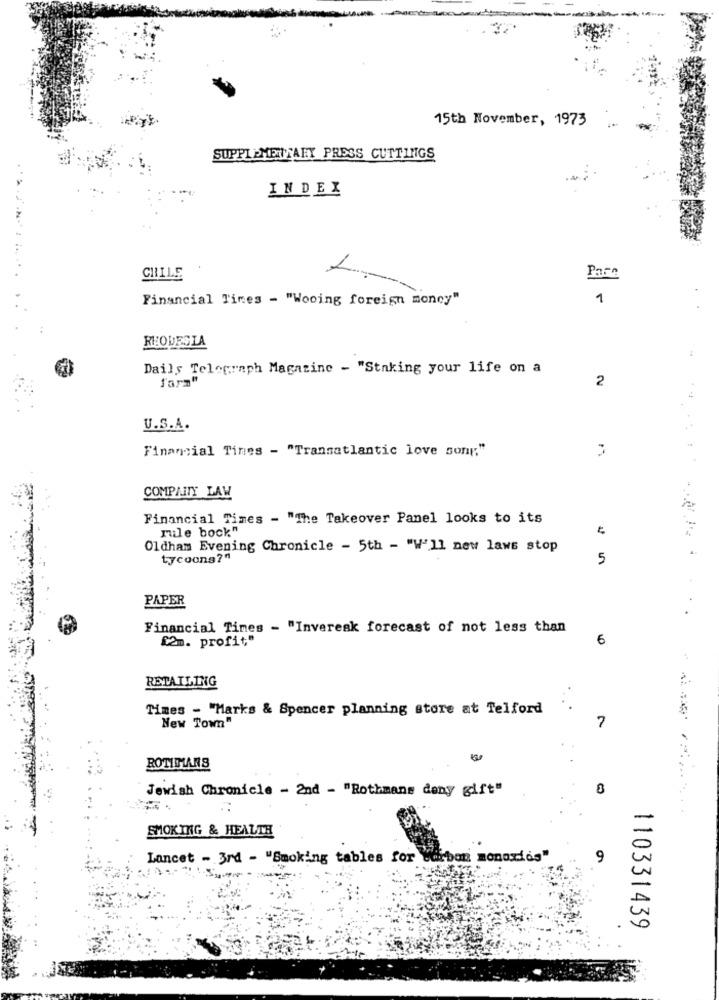
15th November, 1973
SUPPLEMENTARY PRESS CUTTINGS
INDEX
Pare
CHILE
L-
Financial Times - "Wooing foreign money"
1
RHODESIA
Daily Telegraph Magazine - "Staking your life on a
farm"
2
U.S.A.
Financial Times - "Transatlantic love song"
COMPANY LAW
Financial Times - "The Takeover Panel looks to its
ruile bock"
Oldham Evening Chronicle - 5th - "W'll new laws stop
tycoons?"
5
PAPER
.
.
Financial Times - "Inveresk forecast of not less than
£2m. profit;"
6
RETAILING
Times - "Marks & Spencer planning store at Telford
7
New Town"
ROTIMARS
Jewish Chronicle - 2nd - "Rothmans deny gift"
..
SMOKING & HEALTH
Lancet - 3rd - "Smoking tables for carbon monoxides"
9
110331439